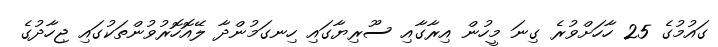
ގައުމުގެ 25 ހާހަށްވުރެ ގިނަ މީހުން އިރާގާއި ސޫރިޔާގައި ހިނގަމުންދާ ލޭއޮހޮރުވުންތަކުގައި ޖިހާދުގެ